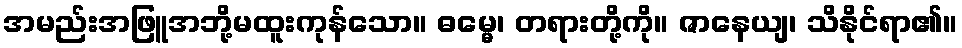
အမည်းအဖြူအဘို့မထူးကုန်သော။ ဓမ္မေ၊ တရားတို့ကို။ ဇာနေယျ၊ သိနိုင်ရာ၏။